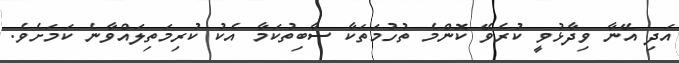
އަދި އޭނާ ވިދާޅުވީ ކުރެވޭ ކޮންމެ ތުހުމަތަކާ ސާބިތުކަމާ އެކު ކުރިމަތިލައްވާނެ ކަމަށެވެ.